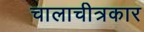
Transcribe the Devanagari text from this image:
चालाचीत्रकार